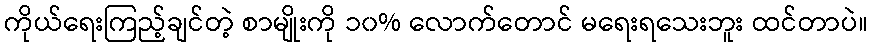
ကိုယ်ရေးကြည့်ချင်တဲ့ စာမျိုးကို ၁၀% လောက်တောင် မရေးရသေးဘူး ထင်တာပဲ။